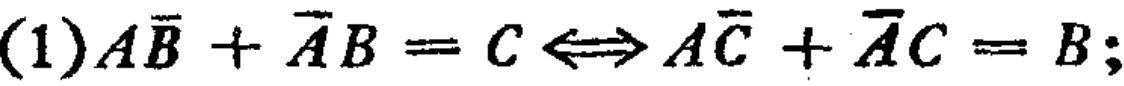
(1)$A\overline{B}+\overline{A}B = C\Leftrightarrow A\overline{C}+\overline{A}C = B;$